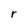
Character: r